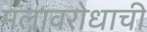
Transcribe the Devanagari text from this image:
मलावरोधाची